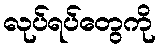
လုပ်ရပ်တွေကို